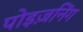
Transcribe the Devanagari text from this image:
पोइज़निंग